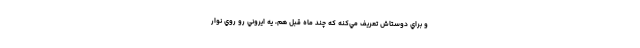
و براي دوستاش تعريف مي‌كنه كه چند ماه قبل هم، يه ايروني رو روي نوار